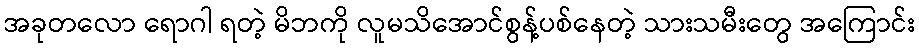
အခုတလော ရောဂါ ရတဲ့ မိဘကို လူမသိအောင်စွန့်ပစ်နေတဲ့ သားသမီးတွေ အကြောင်း